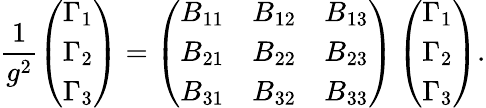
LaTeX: \frac{1}{g^{2}}\left(\begin{array}{l}{{\Gamma_{1}}}\\ {{\Gamma_{2}}}\\ {{\Gamma_{3}}}\end{array}\right)=\left(\begin{array}{lll}{{B_{11}}}&{{B_{12}}}&{{B_{13}}}\\ {{B_{21}}}&{{B_{22}}}&{{B_{23}}}\\ {{B_{31}}}&{{B_{32}}}&{{B_{33}}}\end{array}\right)\left(\begin{array}{l}{{\Gamma_{1}}}\\ {{\Gamma_{2}}}\\ {{\Gamma_{3}}}\end{array}\right).